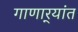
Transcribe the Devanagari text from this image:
गाणार्‍यांत